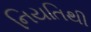
નિયતિથી